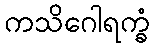
ကသိဂေါရက္ခံ